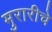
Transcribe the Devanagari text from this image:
मुरारीचे